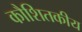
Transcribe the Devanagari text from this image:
कौशितकीय